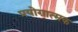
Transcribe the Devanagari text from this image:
प्रयोग़ात्मक